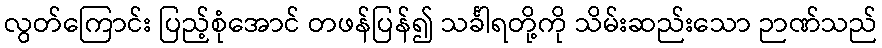
လွတ်ကြောင်း ပြည့်စုံအောင် တဖန်ပြန်၍ သင်္ခါရတို့ကို သိမ်းဆည်းသော ဉာဏ်သည်